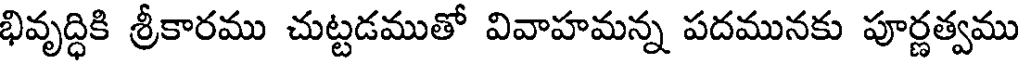
భివృద్ధికి శ్రీకారము చుట్టడముతో వివాహమన్న పదమునకు పూర్ణత్వము